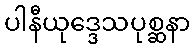
ပါနီယုဒ္ဒေသပုစ္ဆနာ